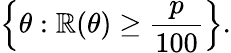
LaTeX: \left\{ \theta:\mathbb{R}(\theta)\geq{\frac{{p}}{{100}}}\right\} .